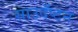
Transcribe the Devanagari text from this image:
साउदँप्टन